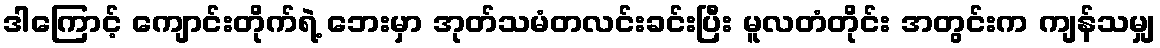
ဒါကြောင့် ကျောင်းတိုက်ရဲ့ ဘေးမှာ အုတ်သမံတလင်းခင်းပြီး မူလတံတိုင်း အတွင်းက ကျန်သမျှ